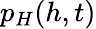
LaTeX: p_{H}(h,t)